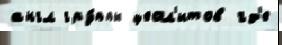
англ гру́ппы цеол'итов гд'е